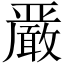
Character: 𫿞